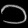
Digit: ၁